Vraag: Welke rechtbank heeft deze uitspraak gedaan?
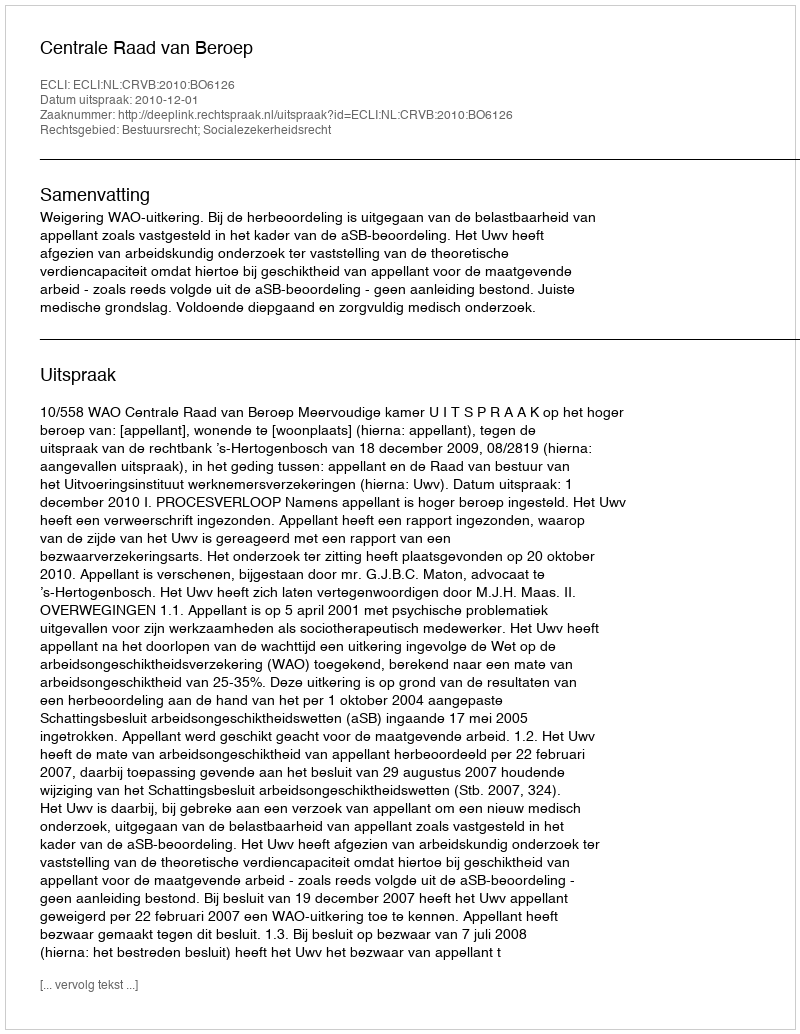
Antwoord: Centrale Raad van Beroep